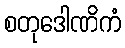
စတုဒေါဏိကံ